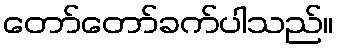
တော်တော်ခက်ပါသည်။